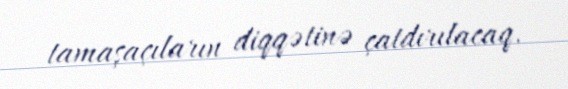
tamaşaçıların diqqətinə çatdırılacaq.